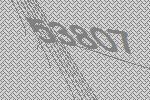
53807